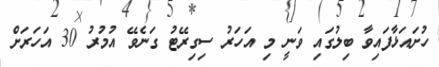
ހުށައަޅާފައިވާ ބިލުގައި ވަނީ މި އަހަރު ސިގިރޭޓު ގަނެވޭ އުމުރު 30 އަހަރަށް